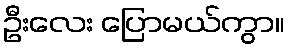
ဦးလေး ပြောမယ်ကွာ။